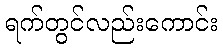
ရက်တွင်လည်းကောင်း